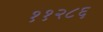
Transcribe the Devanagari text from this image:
११२८६